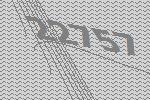
22757